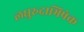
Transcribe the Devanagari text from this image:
लघुरुद्राभिषेक